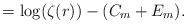
LaTeX: \begin{align*}=\log(\zeta(r))-(C_m+E_m).\end{align*}